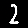
Digit: 2